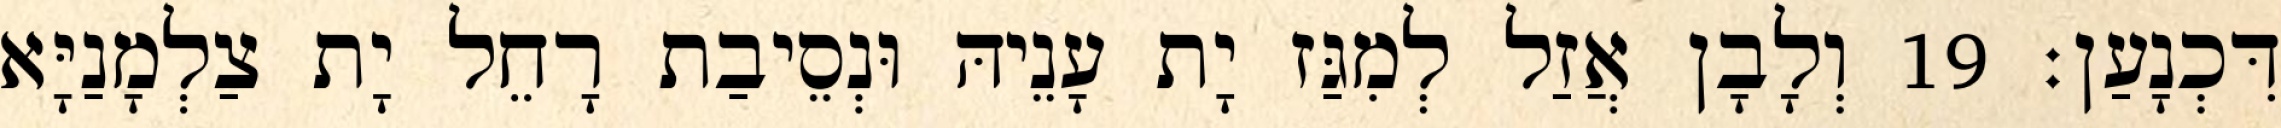
דִּכְנָעַן׃ 19 וְלָבָן אֲזַל לְמִגַּז יָת עָנֵיהּ וּנְסֵיבַת רָחֵל יָת צַלְמָנַיָּא